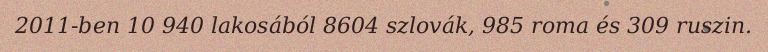
2011-ben 10 940 lakosából 8604 szlovák, 985 roma és 309 ruszin.